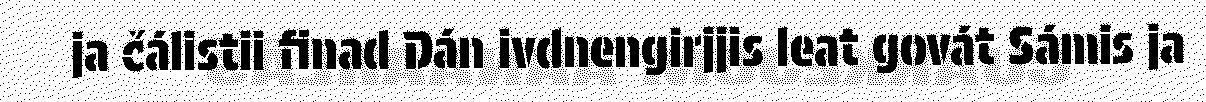
ja čálistii finad Dán ivdnengirjjis leat govát Sámis ja